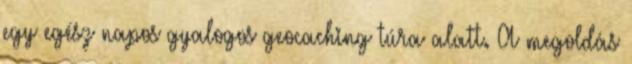
egy egész napos gyalogos geocaching túra alatt. A megoldás